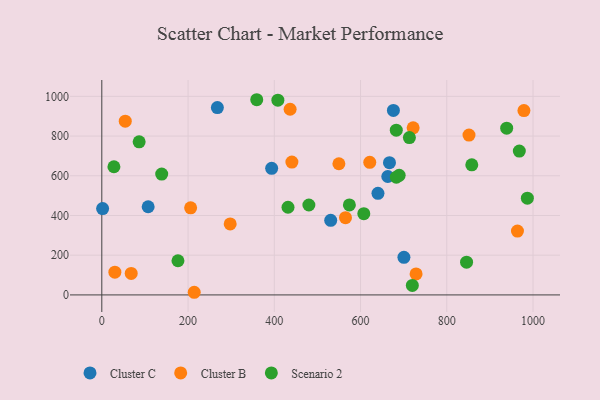
{"axis": {"x": "Engine Size", "y": "Profit"}, "legend": ["Cluster B", "Cluster C", "Scenario 2"], "data": [{"x": "676.2", "y": 929.2, "type": "Cluster C"}, {"x": "700.6", "y": 189.4, "type": "Cluster C"}, {"x": "107.5", "y": 443.9, "type": "Cluster C"}, {"x": "640.4", "y": 511.6, "type": "Cluster C"}, {"x": "1.9", "y": 434.7, "type": "Cluster C"}, {"x": "268.0", "y": 943.3, "type": "Cluster C"}, {"x": "393.9", "y": 637.5, "type": "Cluster C"}, {"x": "530.8", "y": 375.6, "type": "Cluster C"}, {"x": "663.2", "y": 596.4, "type": "Cluster C"}, {"x": "667.1", "y": 666.0, "type": "Cluster C"}, {"x": "621.4", "y": 667.6, "type": "Cluster B"}, {"x": "54.4", "y": 875.2, "type": "Cluster B"}, {"x": "297.7", "y": 357.5, "type": "Cluster B"}, {"x": "963.9", "y": 321.6, "type": "Cluster B"}, {"x": "728.8", "y": 105.6, "type": "Cluster B"}, {"x": "206.0", "y": 438.5, "type": "Cluster B"}, {"x": "30.3", "y": 114.4, "type": "Cluster B"}, {"x": "214.3", "y": 13.3, "type": "Cluster B"}, {"x": "68.2", "y": 108.3, "type": "Cluster B"}, {"x": "978.9", "y": 928.6, "type": "Cluster B"}, {"x": "440.8", "y": 669.0, "type": "Cluster B"}, {"x": "565.1", "y": 389.1, "type": "Cluster B"}, {"x": "436.7", "y": 935.1, "type": "Cluster B"}, {"x": "722.0", "y": 841.6, "type": "Cluster B"}, {"x": "549.8", "y": 660.6, "type": "Cluster B"}, {"x": "851.5", "y": 805.2, "type": "Cluster B"}, {"x": "86.6", "y": 771.1, "type": "Scenario 2"}, {"x": "28.1", "y": 645.5, "type": "Scenario 2"}, {"x": "720.1", "y": 47.8, "type": "Scenario 2"}, {"x": "359.3", "y": 983.0, "type": "Scenario 2"}, {"x": "682.9", "y": 829.6, "type": "Scenario 2"}, {"x": "845.9", "y": 164.7, "type": "Scenario 2"}, {"x": "938.9", "y": 839.6, "type": "Scenario 2"}, {"x": "713.3", "y": 792.3, "type": "Scenario 2"}, {"x": "689.6", "y": 602.1, "type": "Scenario 2"}, {"x": "408.3", "y": 980.7, "type": "Scenario 2"}, {"x": "683.0", "y": 592.9, "type": "Scenario 2"}, {"x": "431.8", "y": 441.5, "type": "Scenario 2"}, {"x": "986.9", "y": 487.3, "type": "Scenario 2"}, {"x": "574.1", "y": 453.4, "type": "Scenario 2"}, {"x": "968.2", "y": 724.4, "type": "Scenario 2"}, {"x": "858.0", "y": 655.0, "type": "Scenario 2"}, {"x": "607.6", "y": 408.9, "type": "Scenario 2"}, {"x": "176.6", "y": 172.1, "type": "Scenario 2"}, {"x": "138.9", "y": 608.8, "type": "Scenario 2"}, {"x": "480.2", "y": 452.7, "type": "Scenario 2"}]}